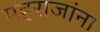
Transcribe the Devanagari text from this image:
महराजांना